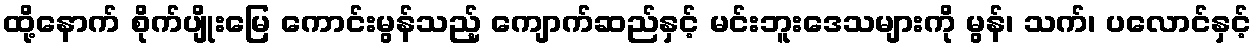
ထို့နောက် စိုက်ပျိုးမြေ ကောင်းမွန်သည့် ကျောက်ဆည်နှင့် မင်းဘူးဒေသများကို မွန်၊ သက်၊ ပလောင်နှင့်